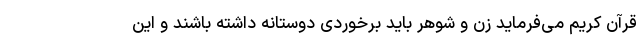
قرآن کریم می‌فرماید زن و شوهر باید برخوردی دوستانه داشته باشند و این